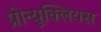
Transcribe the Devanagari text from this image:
प्रोन्यूक्लियस